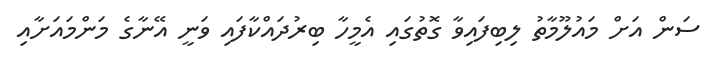
ސަން އަށް މައުލޫމާތު ލިބިފައިވާ ގޮތުގައި އެމީހާ ބިރުދައްކާފައި ވަނީ އޭނާގެ މަންމައަށާއި